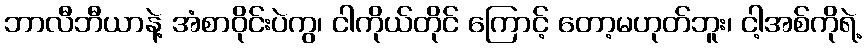
ဘာလီဘီယာနဲ့ အံစာဝိုင်းပဲကွ၊ ငါကိုယ်တိုင် ကြောင့် တော့မဟုတ်ဘူး၊ ငါ့အစ်ကိုရဲ့